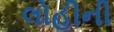
લોહીની